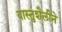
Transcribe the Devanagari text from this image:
वास्तुशैलीने